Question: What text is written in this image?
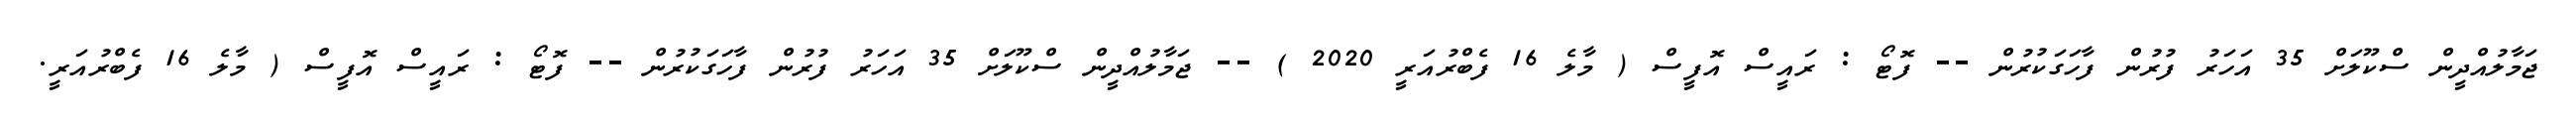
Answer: ޖަމާލުއްދީން ސްކޫލަށް 35 އަހަރު ފުރުން ފާހަގަކުރުން -- ފޮޓޯ : ރައީސް އޮފީސް ( މާލެ 16 ފެބްރުއަރީ 2020 ) -- ޖަމާލުއްދީން ސްކޫލަށް 35 އަހަރު ފުރުން ފާހަގަކުރުން -- ފޮޓޯ : ރައީސް އޮފީސް ( މާލެ 16 ފެބްރުއަރީ.